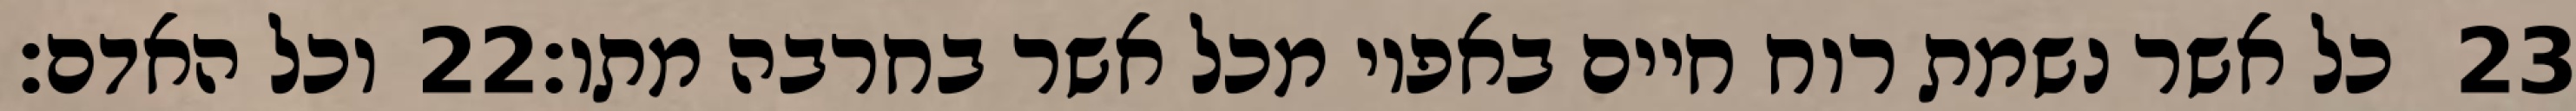
וכל האדם׃ ‎22‏ כל אשר נשמת רוח חיים באפיו מכל אשר בחרבה מתו׃ ‎23‏